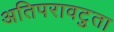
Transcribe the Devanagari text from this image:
अतिपरावटुता